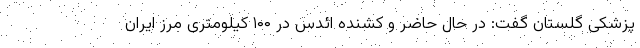
پزشکی گلستان گفت: در حال حاضر و کشنده ائدس در ۱۰۰ کیلومتری مرز ایران